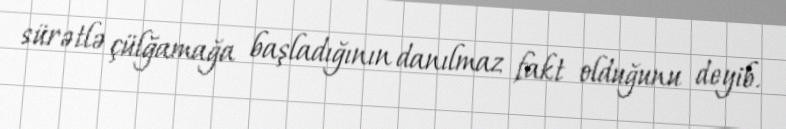
sürətlə çülğamağa başladığının danılmaz fakt olduğunu deyib.